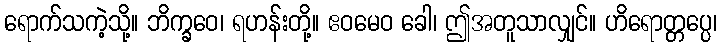
ရောက်သကဲ့သို့။ ဘိက္ခဝေ၊ ရဟန်းတို့။ ဧဝမေဝ ခေါ၊ ဤအတူသာလျှင်။ ဟိရောတ္တပ္ပေ၊